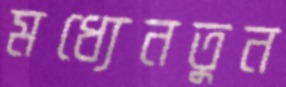
মধ্যেনতুন